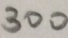
3 0 0